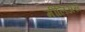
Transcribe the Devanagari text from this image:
मीलिअस